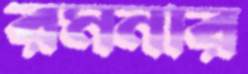
রমনার